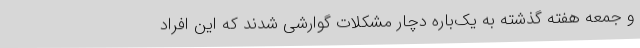
و جمعه هفته گذشته به‌ یک‌باره دچار مشکلات گوارشی شدند که این افراد